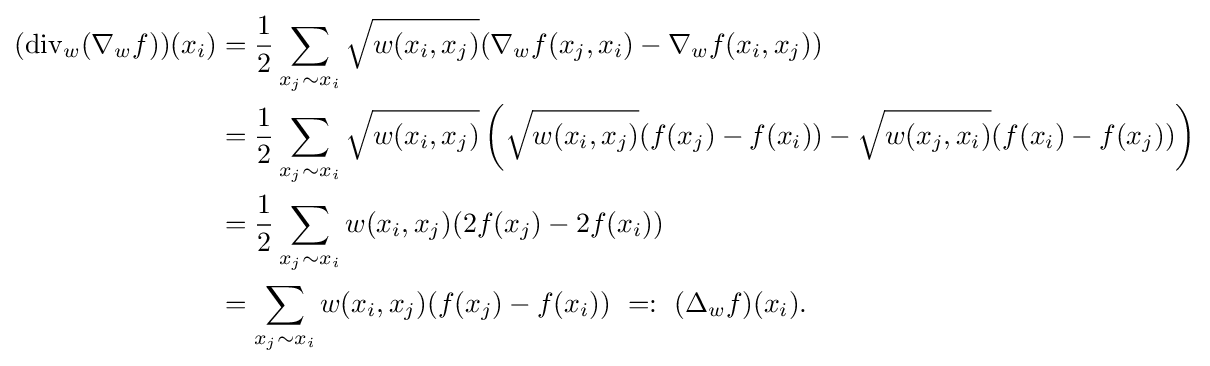
{\begin{aligned}(\operatorname {div} _{w}(\nabla _{w}f))(x_{i})&={\frac {1}{2}}\sum _{x_{j}\sim x_{i}}{\sqrt {w(x_{i},x_{j})}}(\nabla _{w}f(x_{j},x_{i})-\nabla _{w}f(x_{i},x_{j}))\\&={\frac {1}{2}}\sum _{x_{j}\sim x_{i}}{\sqrt {w(x_{i},x_{j})}}\left({\sqrt {w(x_{i},x_{j})}}(f(x_{j})-f(x_{i}))-{\sqrt {w(x_{j},x_{i})}}(f(x_{i})-f(x_{j}))\right)\\&={\frac {1}{2}}\sum _{x_{j}\sim x_{i}}w(x_{i},x_{j})(2f(x_{j})-2f(x_{i}))\\&=\sum _{x_{j}\sim x_{i}}w(x_{i},x_{j})(f(x_{j})-f(x_{i}))\ =:\ (\Delta _{w}f)(x_{i}).\end{aligned}}